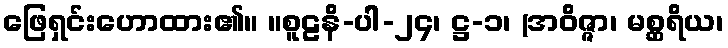
ဖြေရှင်းဟောထား၏။ ။စူဠနိ-ပါ-၂၄၊ ဋ္ဌ-၁၊ (အဝိဇ္ဇာ၊ မစ္ဆရိယ၊